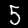
Label: 5